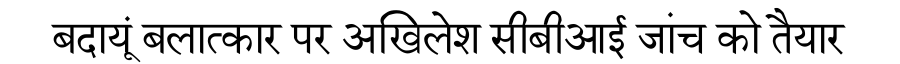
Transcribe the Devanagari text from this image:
बदायूं बलात्कार पर अखिलेश सीबीआई जांच को तैयार